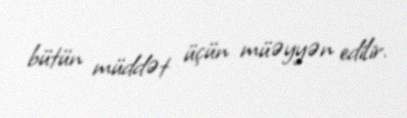
bütün müddət üçün müəyyən edilir.